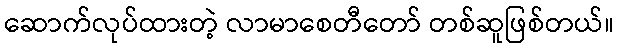
ဆောက်လုပ်ထားတဲ့ လာမာစေတီတော် တစ်ဆူဖြစ်တယ်။